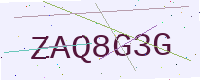
Text: ZAQ8G3G